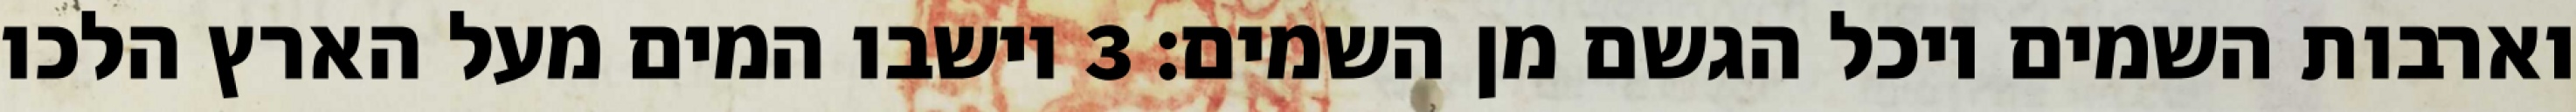
וארבות השמים ויכל הגשם מן השמים׃ ‎3‏ וישבו המים מעל הארץ הלכו